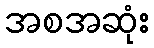
အစအဆုံး